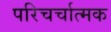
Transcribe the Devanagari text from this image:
परिचर्चात्मक